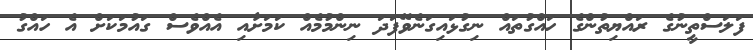
ފަލަސްތީނުގެ ރައްޔިތުންގެ ހައްގުތައް ނިގުޅައިގަނެވޭފަދަ ނިންމުމެއް ކަމަށާއި އެއްވެސް ގައުމަކަށް އެ ހައްގު